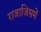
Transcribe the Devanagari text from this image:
राजाजिसमें